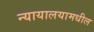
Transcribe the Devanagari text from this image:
न्यायालयामधील